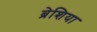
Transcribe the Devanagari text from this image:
ब्रेशिया